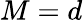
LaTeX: M=d